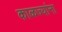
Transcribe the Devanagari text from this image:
काळज्यांना